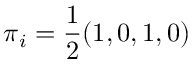
\boldsymbol { \pi } _ { i } = \frac { 1 } { 2 } ( 1 , 0 , 1 , 0 )